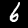
Digit: 6